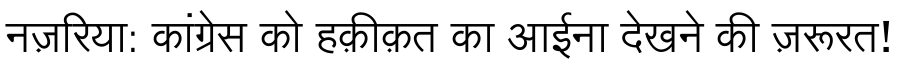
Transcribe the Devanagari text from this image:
नज़रिया: कांग्रेस को हक़ीक़त का आईना देखने की ज़रूरत!